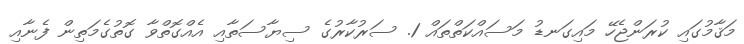
މަޤާމުގައި ކުރަންޖެހޭ މައިގަނޑު މަސައްކަތްތައް 1. ސަރުކާރުގެ ސިޔާސަތާއި އެއްގޮތްވާ ގޮތުގެމަތިން ފެނާއި